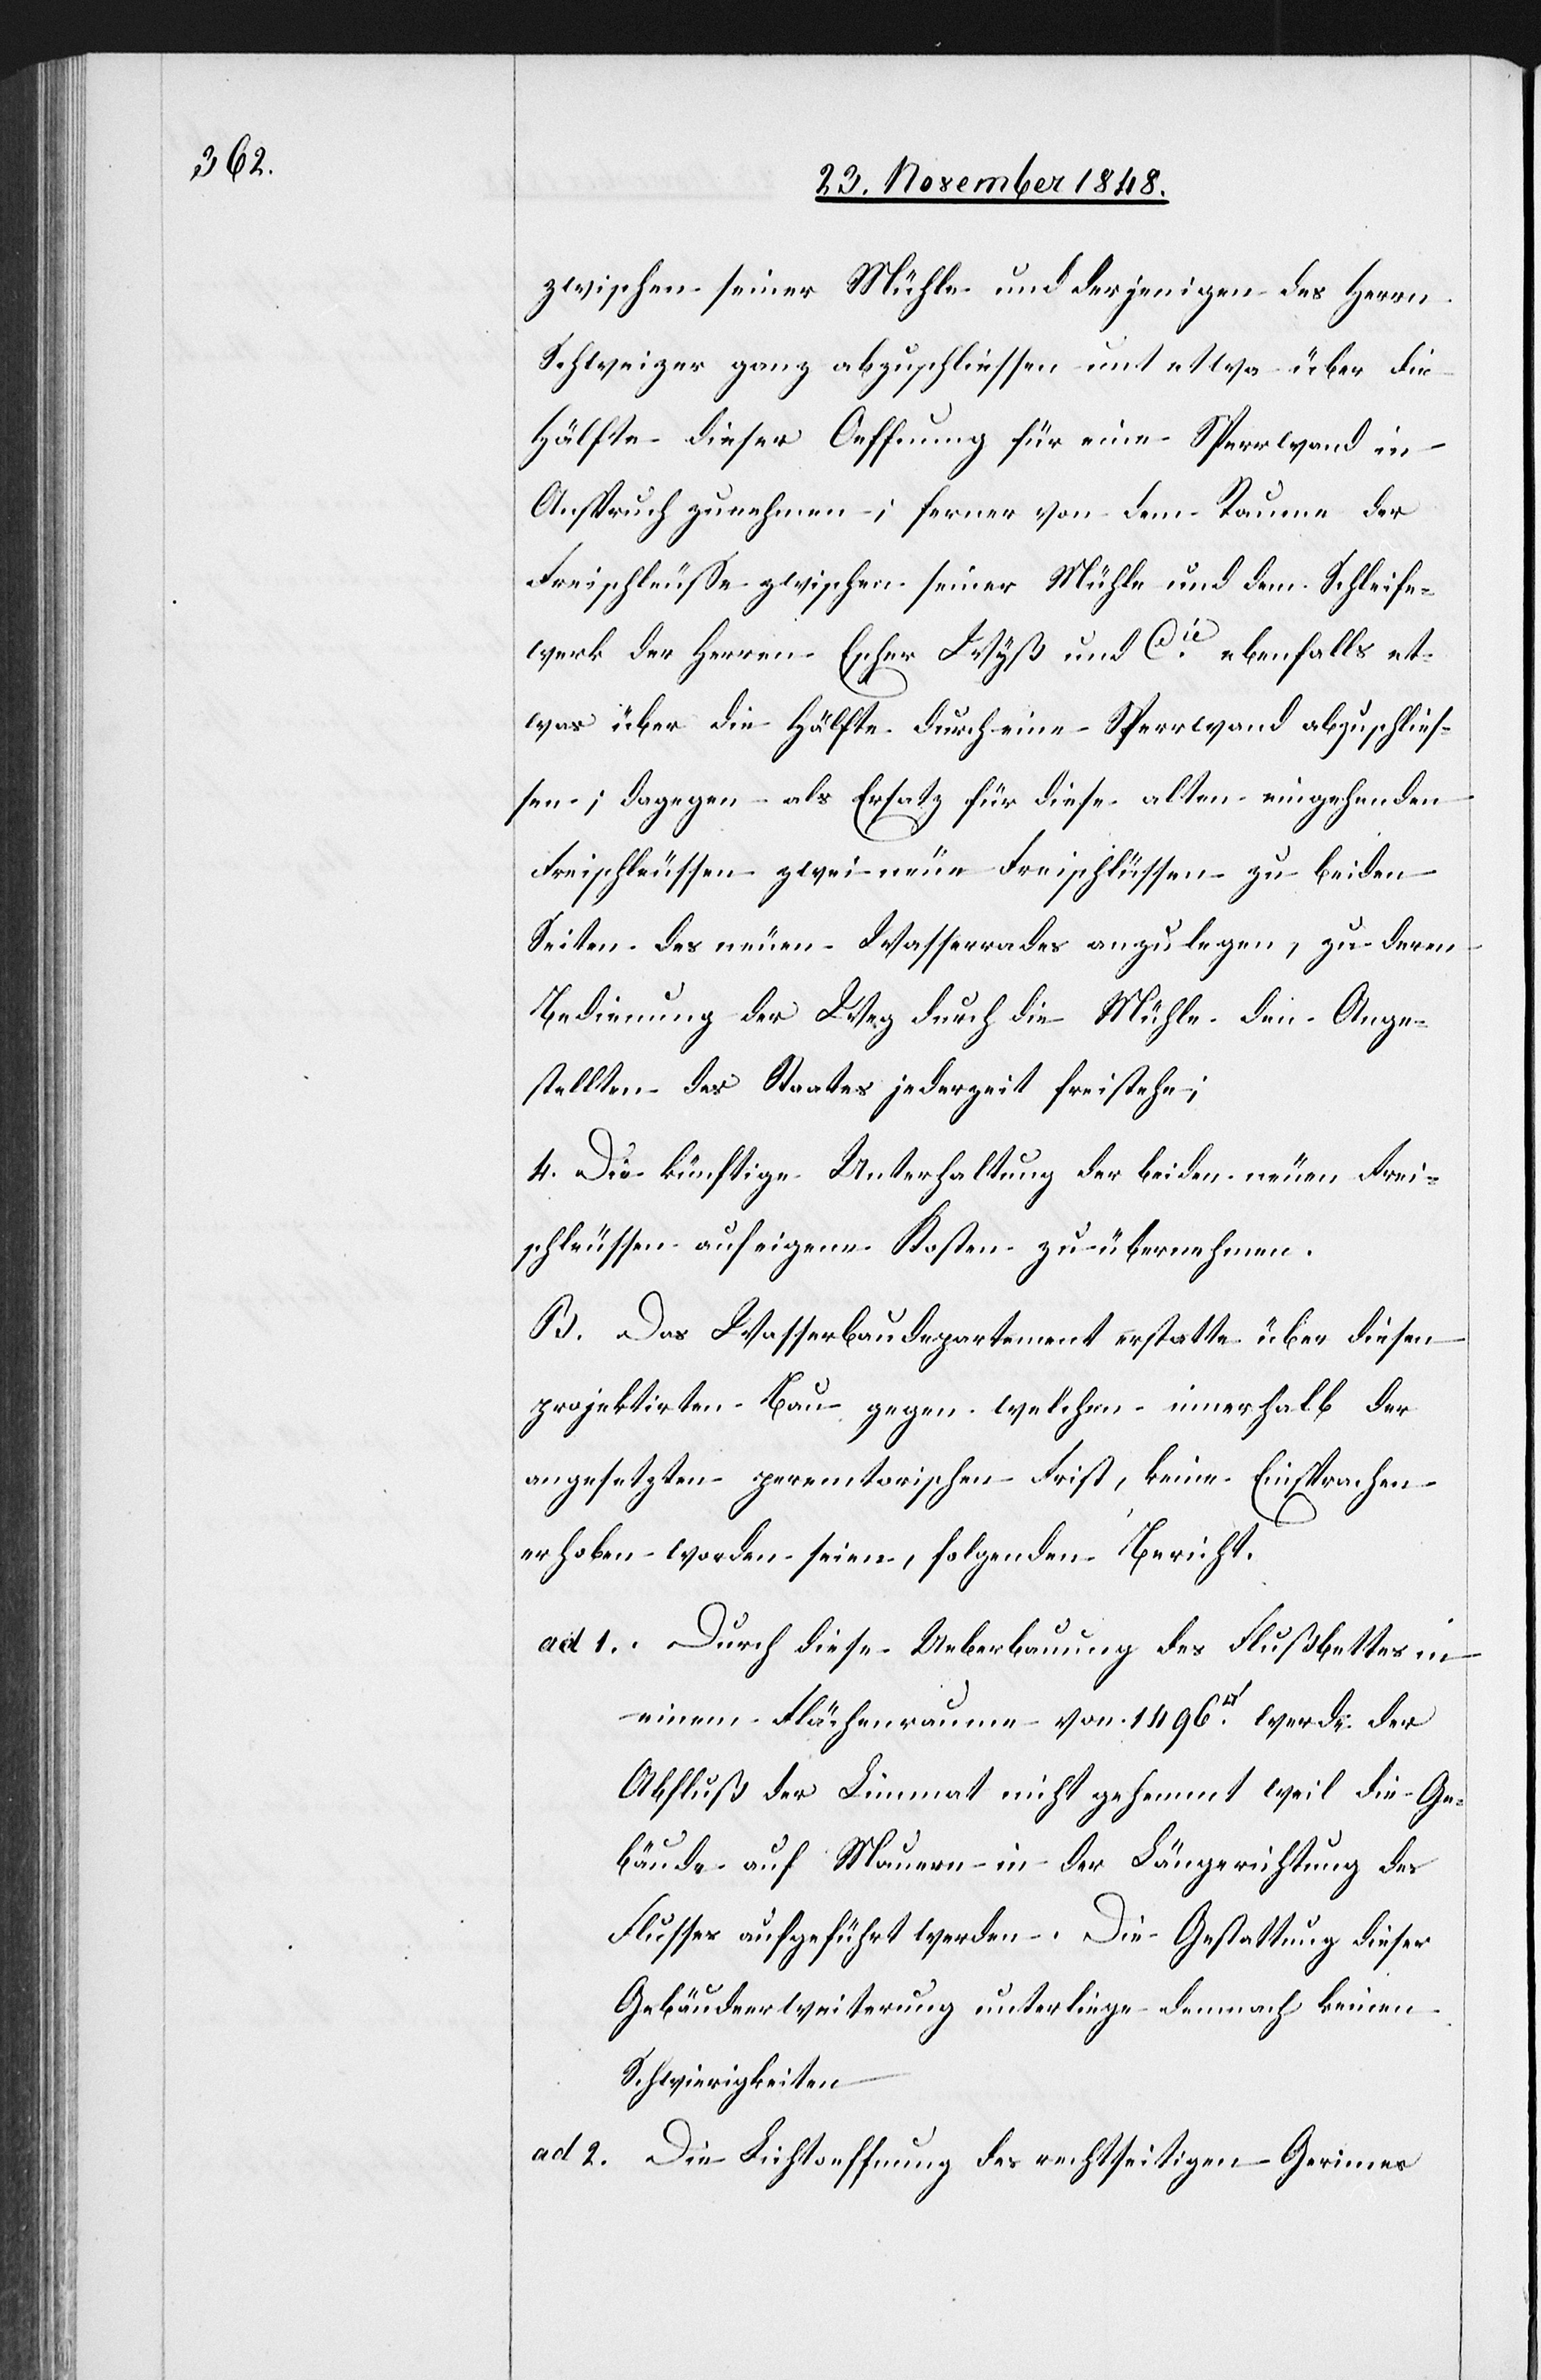
zwischen seiner Mühle und derjenigen des Herrn
Schweizer ganz abzuschliessen und etwa über die
Hälfte dieser Oeffnung für eine Sperrwand in
Anspruch zu nehmen; ferner von dem Raume der
Freischleusse zwischen seiner Mühle und dem Schleife¬
werk der Herren Escher Wyß und Cie ebenfalls et¬
was über die Hälfte durch eine Sperrwand abzuschlies¬
sen; dagegen als Ersatz für diese alten eingehenden
Freischleussen zwei neue Freischlüssen [sic!] zu beiden
Seiten des neuen Waserrades anzulegen, zu deren
Bedienung der Weg durch die Mühle den Ange¬
stellten des Staates jederzeit freistehe;
4. Die künftige Unterhaltung der beiden neuen Frei¬
schleussen auf eigene Kosten zu übernehmen.
B. Das Wasserbaudepartement erstatte über diesen
projektirten Bau gegen welchen innerhalb der
angesetzten peremtorischen Frist, keine Einsprachen
erhoben worden seien, folgenden Bericht:
ad 1. Durch diese Ueberbauung des Flußbettes in
einem Flächenraume von 1496 [Quadratfuss]
Abfluß der Limmat nicht gehemmt weil die Ge¬
bäude auf Mauern in der Längerichtung des
Flusses aufgeführt werden. Die Gestattung dieser
Gebäudeerweiterung unterliege demnach keinen
Schwierigkeiten.
ad 2.
Die Lichtoeffnung des rechtseitigen Gerinnes